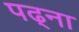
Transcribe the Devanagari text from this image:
पढ्ना